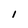
Character: l